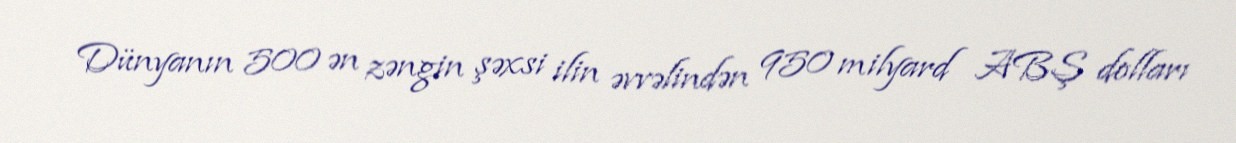
Dünyanın 500 ən zəngin şəxsi ilin əvvəlindən 950 milyard ABŞ dolları